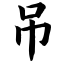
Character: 吊